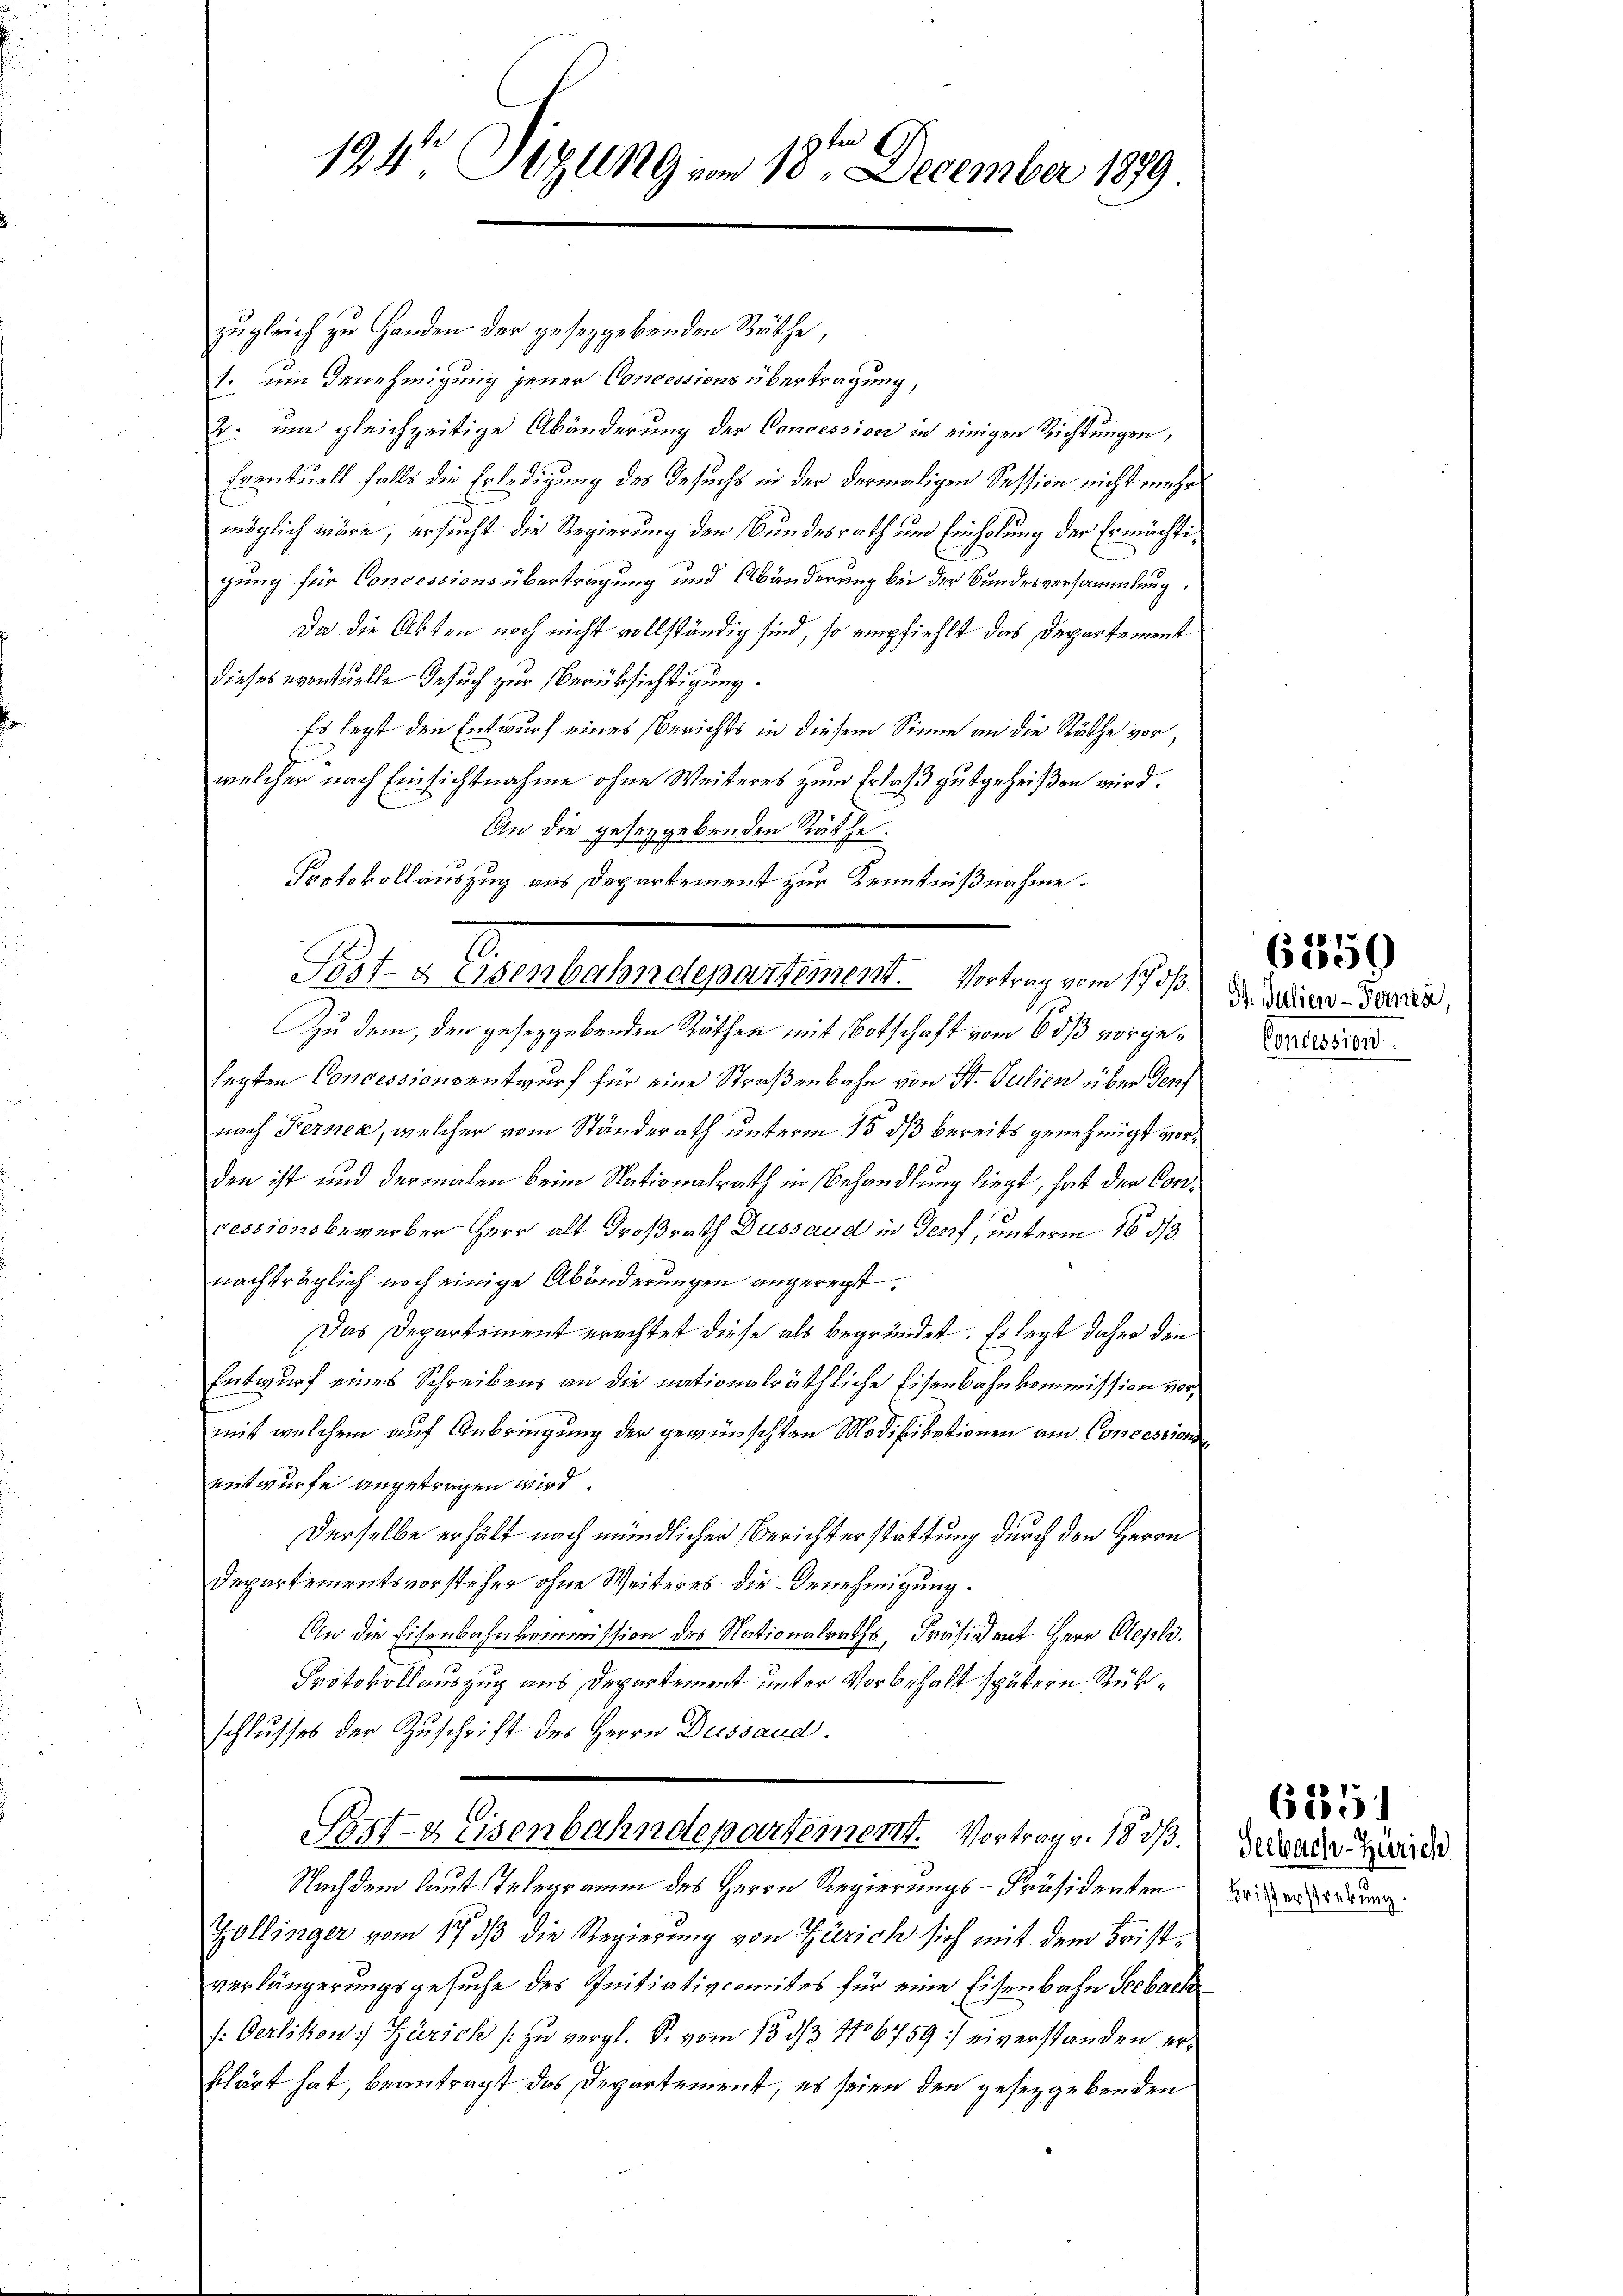
5ten g
194 Sizung vom 18. December 1879.

zugleich zu Handen der geseggebenden Räthe,
1. um Genehmigung jener Concessions übertragung,
2. um gleichzeitige Abänderung der Concession in einigen Richtungen,
Eventuell falls die Erledigung des Gesuchs in der dermaligen Session nicht mehr
möglich wäre, ersucht die Regierung den Bundesrath um Einholung der Ermächtigung für Concessions übertragung und Abänderung bei der Bundesversammlung.
Da die Akten noch nicht vollständig sind, so empfiehlt das Departement
dieses eventuelle Gesuch zur Berücksichtigung.
Es legt den Entwurf eines Berichts in diesem Sinne an die Räthe vor,
welcher nach Einsichtnahme ohne Weiteres zum Erlaß gutgeheißen wird.
An die geseggebenden Räthe:
Protokollauszug aus Departement zur Kenntnißnahme.
Zu dem, den geseggebenden Räthen mit Botschaft vom 6 dß vorgelegten Concessionsentwurf für eine Straßenbahn von St. Julien über denf
nach Kerner, welcher vom Ständerath unterm 15. ds bereits genehmigt worden ist und dermalen beim Nationalrath in Behandlung liegt, hat der Con¬
1
ressionsbewerber Herr alt Großrath Dussaud in Genf, unterm 16 d
nachträglich noch einige Abänderungen angeregt.
Das Departement erachtet diese als begründet. Es legt daher den
Entwurf eines Schreibens an die nationalräthliche Eisenbahnkommission vormit welchem auf Anbringung der gewünschten Modifikationen am Concessions
entwurfe angetragen wird.
Derselbe erhält nach mündlicher Berichterstattung durch den Herrn
Departementsvorsteher ohne Weiteres die Genehmigung.
An die Eisenbahnkommission des Nationalraths, Präsident Herr Alepli.
Protokollauszug aus Departement unter Vorbehalt spätern Rükschlusses der Zuschrift des Herrn Dussaud.
Post- & Eisenbahndepartement. Vortrag v. 18 d.
Nachdem laut Telegramm des Herrn Regierungs-Präsidenten
Zollinger vom 17. dβ die Regierung von Zürich sich mit dem Fristverlängerungsgesuche des Initiativcomites für eine Eisenbahn Seebach
f: Oerlikon: Zürich [zu vergl. S. vom 13. d. 16759] eiverstanden erschärt hat, beantragt das Departement, es seien den gesetzgebenden

Post- & Eisenbahndepartement. Vortrag vom 17. 3. Dr. Beizer-Garte,

Concession.

61859

Seebach-Zürich
Fristerstrebung.

6291